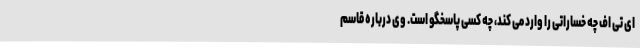
ای تی اف چه خساراتی را وارد می کند، چه کسی پاسخگو است. وی درباره قاسم